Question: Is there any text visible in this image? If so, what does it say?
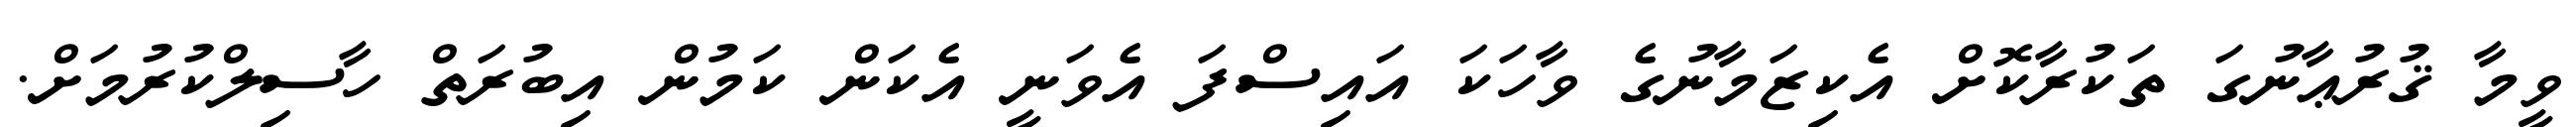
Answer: ވީމާ ޤުރުޢާނުގަ ތަކުރާކޮށް އެކިޒަމާނުގެ ވާހަކަ އައިސްފަ އެވަނީ އެކަން ކަމުން އިބުރަތް ހާސިލްކުރުމަށް.